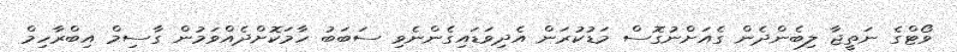
ވޯޓްގެ ނަތީޖާ ލިބެންދެން ގެއަށްނުގޮސް މަޑުކުރަން އެދިވަޑައިގެންނެވި ސަބަބު ހާމަކޮށްދެއްވަމުން ގާސިމް އިބްރާހިމް